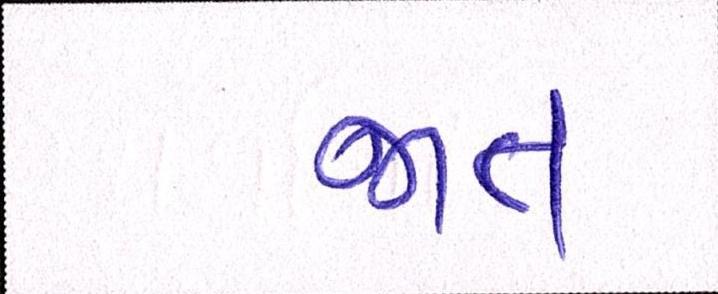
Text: જાત